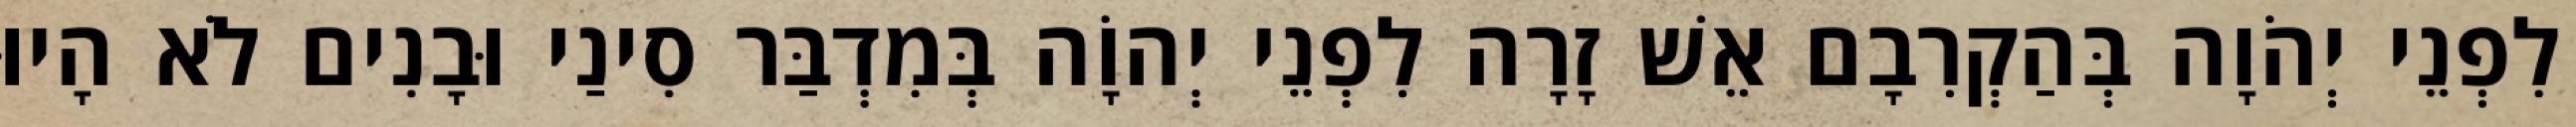
לִפְנֵי יְהֹוָה בְּהַקְרִבָם אֵשׁ זָרָה לִפְנֵי יְהוָֹה בְּמִדְבַּר סִינַי וּבָנִים לֹא הָיוּ